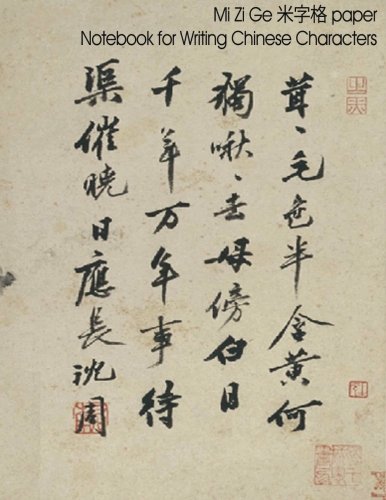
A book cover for Mi Zi Ge paper for Chinese Character Writing: Hanzi Notebook with guides to aid writing Chinese characters; Spicy Journals; Reference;